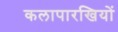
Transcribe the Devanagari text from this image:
कलापारखियों